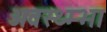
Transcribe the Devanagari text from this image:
अवस्थ्म्भा